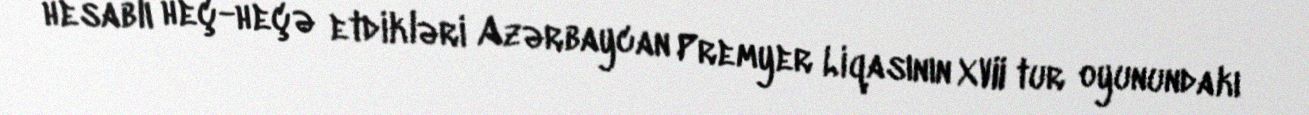
hesablı heç-heçə etdikləri Azərbaycan Premyer Liqasının XVII tur oyunundakı